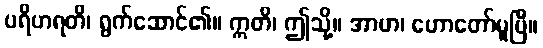
ပရိဟရတိ၊ ရွက်ဆောင်၏။ ဣတိ၊ ဤသို့။ အာဟ၊ ဟောတော်မူပြီ။